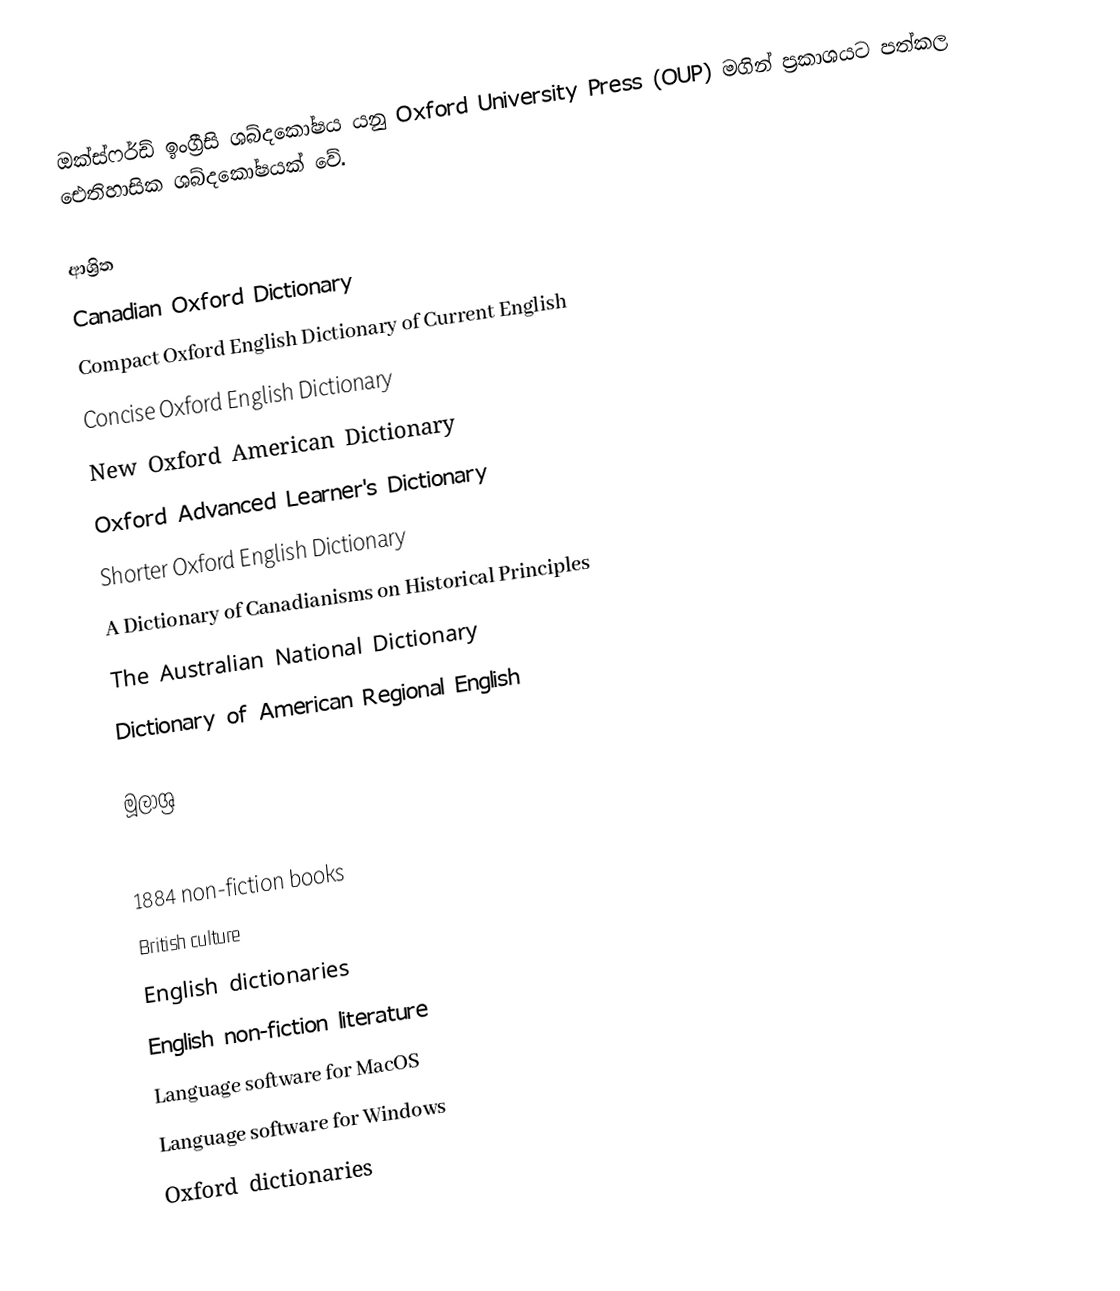
ඔක්ස්ෆර්ඩ් ඉංග්‍රීසි ශබ්දකෝෂය  යනු Oxford University Press (OUP) මගින් ප්‍රකාශයට පත්කල ඓතිහාසික ශබ්දකෝෂයක් වේ.

ආශ්‍රිත
 Canadian Oxford Dictionary
 Compact Oxford English Dictionary of Current English
 Concise Oxford English Dictionary
 New Oxford American Dictionary
 Oxford Advanced Learner's Dictionary
 Shorter Oxford English Dictionary
 A Dictionary of Canadianisms on Historical Principles
 The Australian National Dictionary
 Dictionary of American Regional English

මූලාශ්‍ර

1884 non-fiction books
British culture
English dictionaries
English non-fiction literature
Language software for MacOS
Language software for Windows
Oxford dictionaries